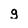
Character: g